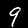
Digit: 9